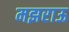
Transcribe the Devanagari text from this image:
मझराऊ